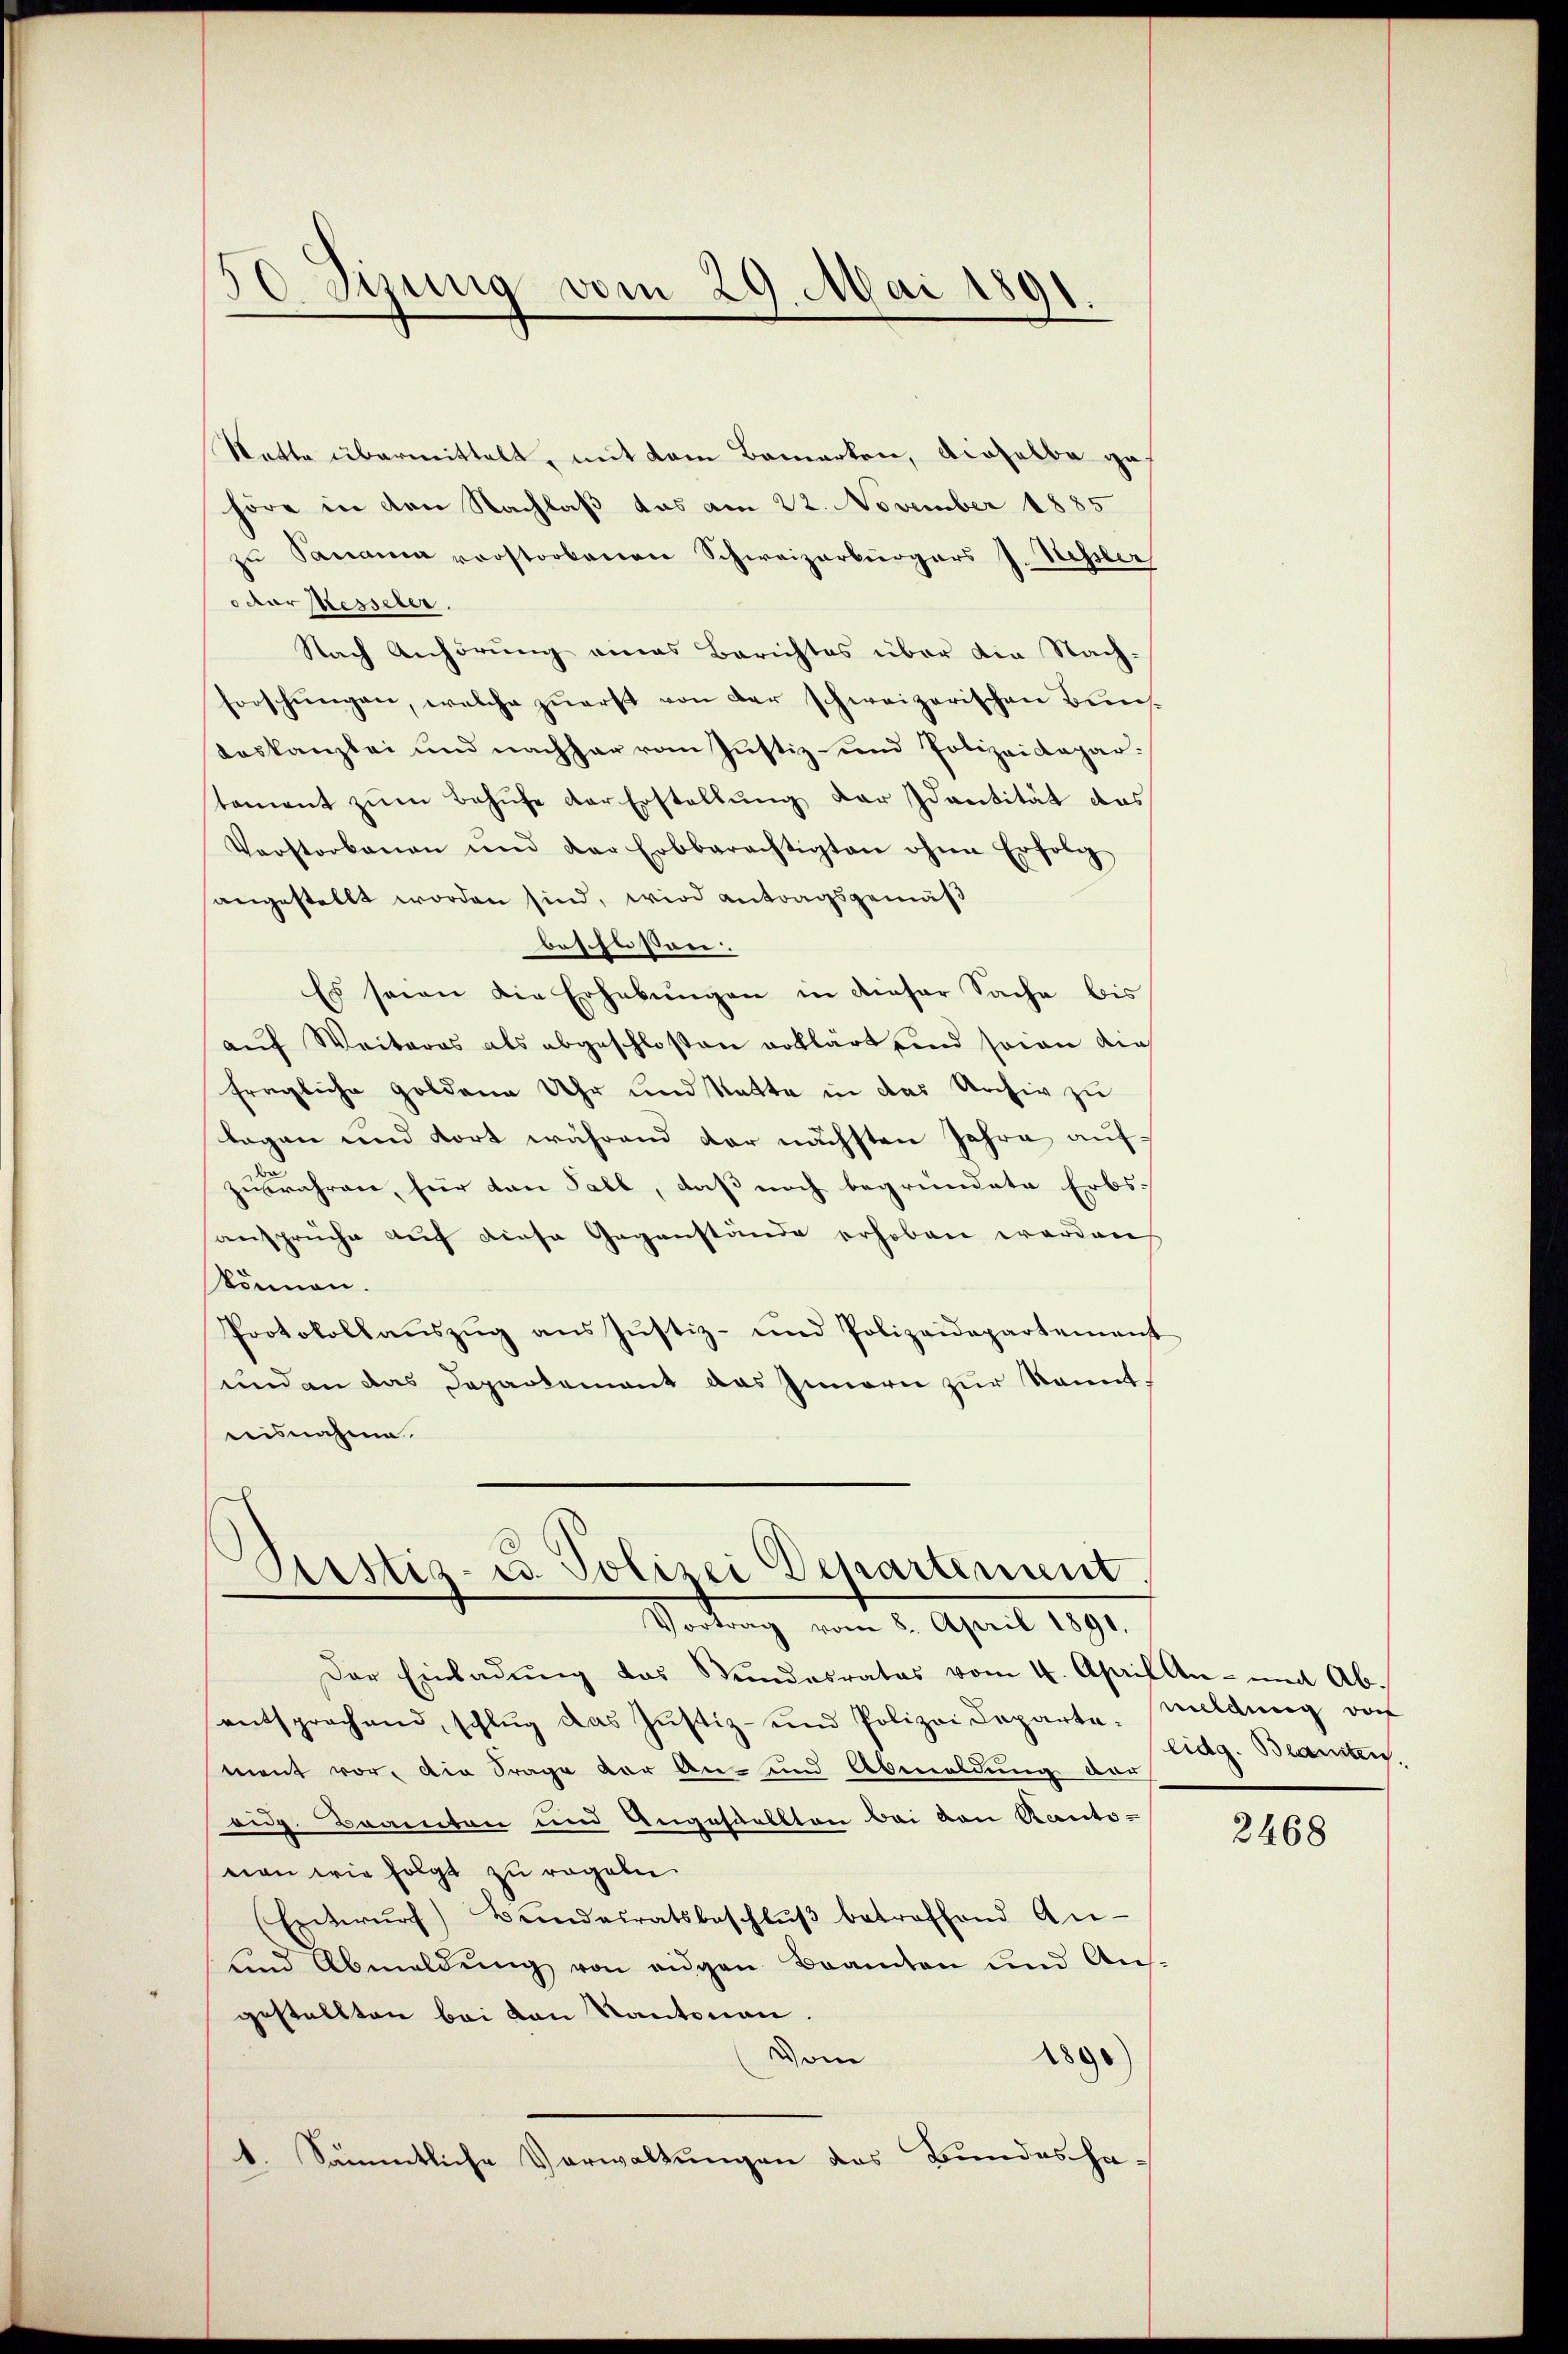
30 Sizung vom 29. Mai 1891.

Statte übermittelt, mit dem Bemerken, dieselbe gehöre in den Nachlaß das am 22. November 1885
zu Panama vorstorbenen Schweizerbürgers J. Süssler,
odor Messeler.
Nach Anhörung eines Berichtes über die Nachforschŭngen, welche zŭerst von der schweizerischen Buns
deskanzlei und nachher vom Justiz- und Polizeidepartament zum Behufe der Erstellung der Idantität das
Vorstorbenen und der Erbberechtigten ohne Erfolg
angestellt worden sind, wird antragsgemäß
beschlossen:
Es seien die Erhebungen in dieser Sache bis
auf Weiteres als abgeschloßen erklärt sind sein die
fragliche Goldene Uhr und Statte in das Archiv zu
lagen und dort während der nächsten Jahre aufzubahren, für dan Fall, daß noch begründete Erbs-
ansprüche auf diese Gegenstände erhoben worden
können.
Protokollaŭszŭg ans Justiz- und Polizeidepartement
und an das Departement das Innern zur kannt.
nisnahme
Sistiz- u. Polizei Departement
Vortrag vom 8. April 1891.
Der Einladung das Bundesrates vom 4. April An- und Abentsprechend, schlug das Justiz- und Polizei Departement vor. Die Frage vor An- und Abmeldung der
oig Beamten und Angesandten bei von Rauts-
von wie folgt zu regeln.
(Exterŭrf) Bŭndesratsbeschlŭβ betreffend An-
und Abmeldŭng von eigen Beamten und Ans
gestellten bei von Kantonen.
Vom
1890)
1. Sämmtliche Verwaltungen des Bundesha¬

wildung der
Eidg. Beanten.

2468